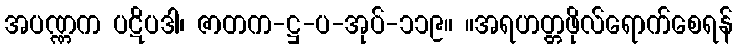
အပဏ္ဏက ပဋိပဒါ၊ ဇာတက-ဋ္ဌ-ပ-အုပ်-၁၁၉။ ။အရဟတ္တဖိုလ်ရောက်စေရန်